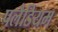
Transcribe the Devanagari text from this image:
पलैडियम